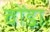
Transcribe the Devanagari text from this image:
वोंडा